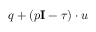
\boldsymbol { q } + ( p \mathbf { I } - \boldsymbol { \tau } ) \cdot \boldsymbol { u }